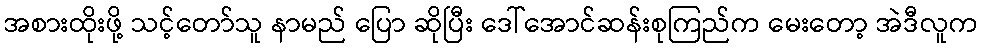
အစားထိုးဖို့ သင့်တော်သူ နာမည် ပြော ဆိုပြီး ဒေါ်အောင်ဆန်းစုကြည်က မေးတော့ အဲဒီလူက